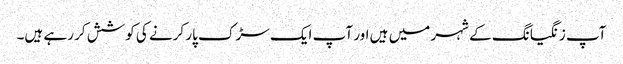
آپ زنگیانگ کے شہر میں ہیں اور آپ ایک سڑک پار کرنے کی کوشش کر رہے ہیں۔